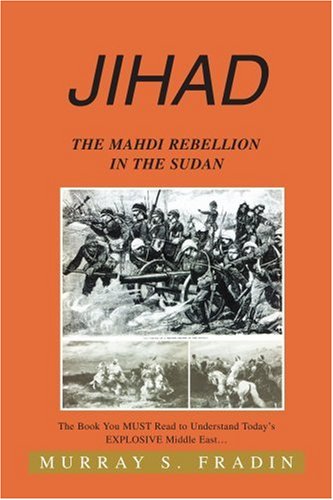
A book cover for JIHAD: The Mahdi Rebellion in the Sudan; Murray S. Fradin; History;